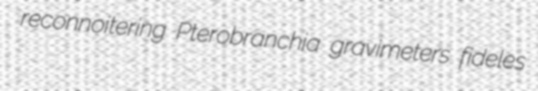
reconnoitering Pterobranchia gravimeters fideles